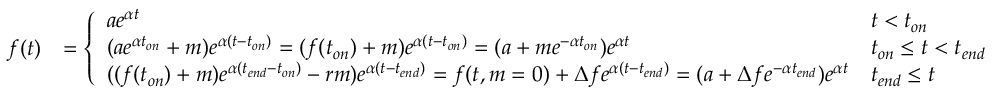
\begin{array} { r l } { f ( t ) } & { = \left\{ \begin{array} { l l } { a e ^ { \alpha t } } & { t < t _ { o n } } \\ { ( a e ^ { \alpha t _ { o n } } + m ) e ^ { \alpha ( t - t _ { o n } ) } = ( f ( t _ { o n } ) + m ) e ^ { \alpha ( t - t _ { o n } ) } = ( a + m e ^ { - \alpha t _ { o n } } ) e ^ { \alpha t } } & { t _ { o n } \leq t < t _ { e n d } } \\ { ( ( f ( t _ { o n } ) + m ) e ^ { \alpha ( t _ { e n d } - t _ { o n } ) } - r m ) e ^ { \alpha ( t - t _ { e n d } ) } = f ( t , m = 0 ) + \Delta f e ^ { \alpha ( t - t _ { e n d } ) } = ( a + \Delta f e ^ { - \alpha t _ { e n d } } ) e ^ { \alpha t } } & { t _ { e n d } \leq t } \end{array} \right. } \end{array}